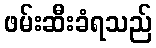
ဖမ်းဆီးခံရသည်